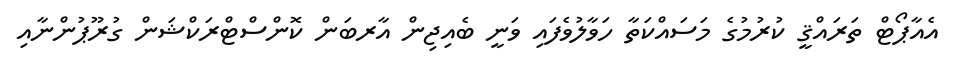
އެއާޕޯޓް ތަރައްޤީ ކުރުމުގެ މަސައްކަތާ ހަވާލުވެފައި ވަނީ ބެއިޖިން އާރބަން ކޮންސްޓްރަކްޝަން ގުރޫޕުންނާއި